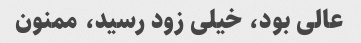
عالی بود، خیلی زود رسید، ممنون